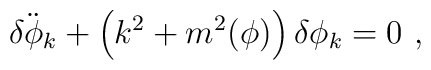
\ddot{\delta\phi_k}+ \left(k^2 + m^2(\phi) \right)\delta\phi_k=0  \ ,